Indian journal of veterinary science and animal husbandry - Volume 2,
Year: 1932
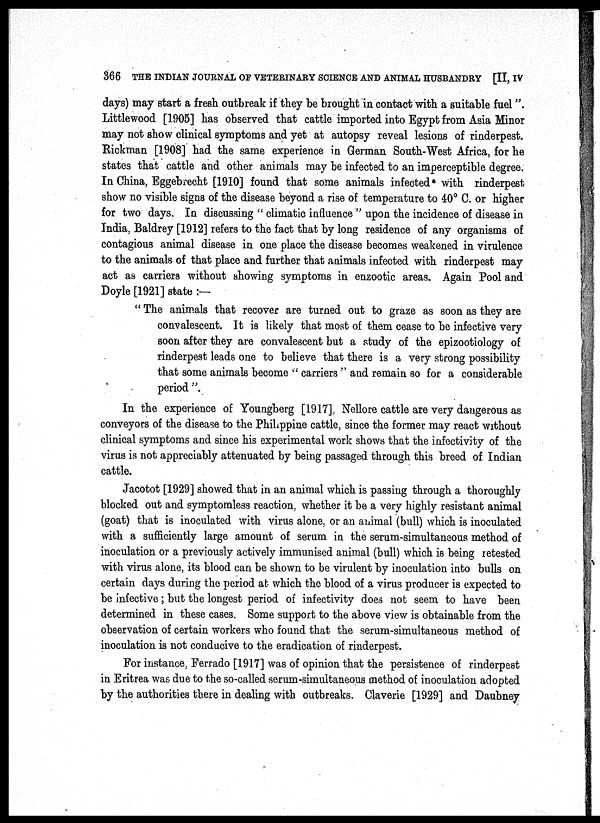
366 THE INDIAN JOURNAL OF VETERINARY SCIENCE AND ANIMAL HUSBANDRY [II, IV
days) may start a fresh outbreak if they be brought in contact with a suitable fuel".
Littlewood [1905] has observed that cattle imported into Egypt from Asia Minor
may not show clinical symptoms and yet at autopsy reveal lesions of rinderpest.
Rickman [1908] had the same experience in German South-West Africa, for he
states that cattle and other animals may be infected to an imperceptible degree.
In China, Eggebrecht [1910] found that some animals infected with rinderpest
show no visible signs of the disease beyond a rise of temperature to 40° C. or higher
for two days. In discussing " climatic influence " upon the incidence of disease in
India, Baldrey [1912] refers to the fact that by long residence of any organisms of
contagious animal disease in one place the disease becomes weakened in virulence
to the animals of that place and further that animals infected with rinderpest may
act as carriers without showing symptoms in enzootic areas. Again Pool and
Doyle [1921] state :—
" The animals that recover are turned out to graze as soon as they are
convalescent. It is likely that most of them cease to be infective very
soon after they are convalescent but a study of the epizootiology of
rinderpest leads one to believe that there is a very strong possibility
that some animals become " carriers " and remain so for a considerable
period ".
In the experience of Youngberg [1917], Nellore cattle are very dangerous as
conveyors of the disease to the Philippine cattle, since the former may react without
clinical symptoms and since his experimental work shows that the infectivity of the
virus is not appreciably attenuated by being passaged through this breed of Indian
cattle.
Jacotot [1929] showed that in an animal which is passing through a thoroughly
blocked out and symptomless reaction, whether it be a very highly resistant animal
(goat) that is inoculated with virus alone, or an animal (bull) which is inoculated
with a sufficiently large amount of serum in the serum-simultaneous method of
inoculation or a previously actively immunised animal (bull) which is being retested
with virus alone, its blood can be shown to be virulent by inoculation into bulls on
certain days during the period at which the blood of a virus producer is expected to
be infective; but the longest period of infectivity does not seem to have been
determined in these cases. Some support to the above view is obtainable from the
observation of certain workers who found that the serum-simultaneous method of
inoculation is not conducive to the eradication of rinderpest.
For instance, Ferrado [1917] was of opinion that the persistence of rinderpest
in Eritrea was due to the so-called serum-simultaneous method of inoculation adopted
by the authorities there in dealing with outbreaks. Claverie [1929] and Daubney